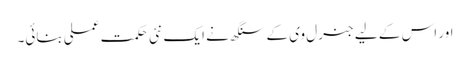
اور اس کے لیے جنرل وی کے سنگھ نے ایک نئی حکمت عملی بنائی۔